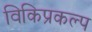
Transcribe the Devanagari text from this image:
विकिप्रकल्प